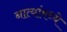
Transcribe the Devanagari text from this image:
नात्यांमध्ये